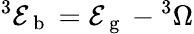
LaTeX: ^3\mathcal{E}_{\mathrm{{~b~}}}=\mathcal{E}_{\mathrm{{~g~}}}-{}^{3}\Omega